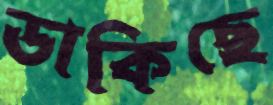
ডাকিছে